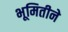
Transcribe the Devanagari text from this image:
भूमितीने